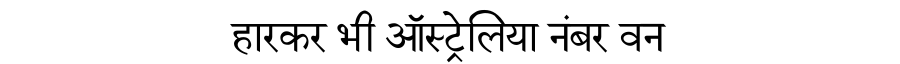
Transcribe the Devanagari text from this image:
हारकर भी ऑस्ट्रेलिया नंबर वन